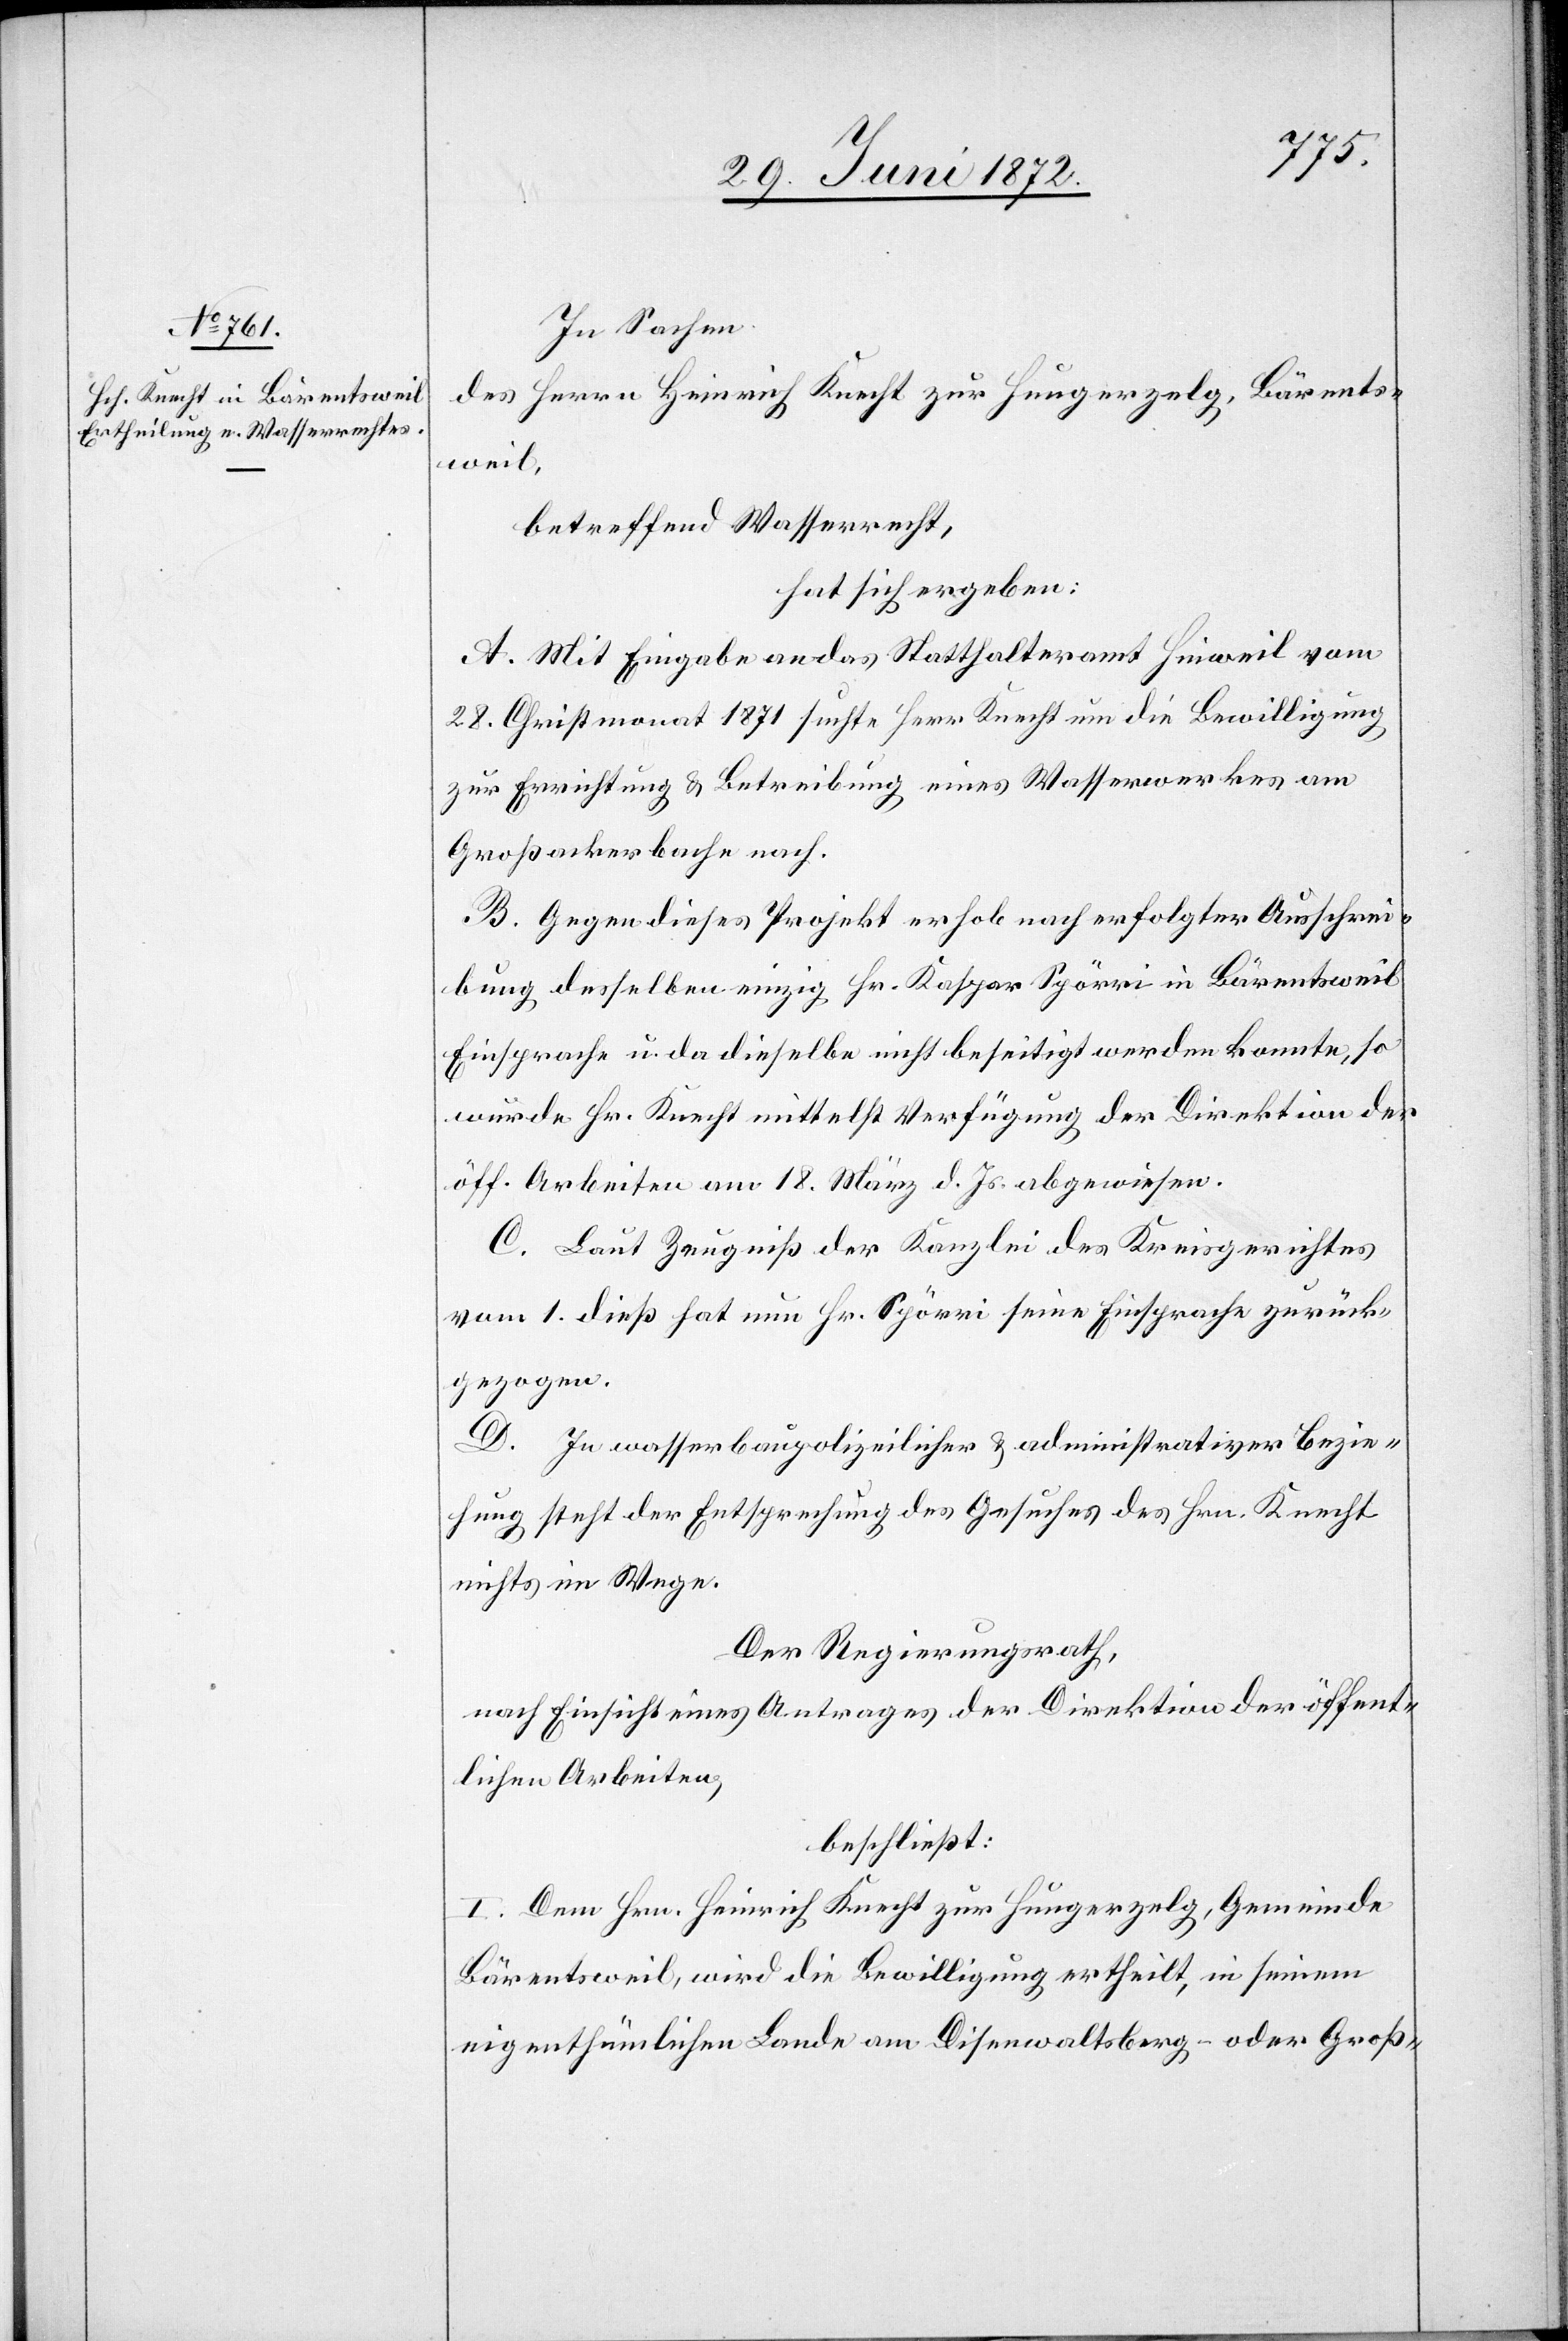
In Sachen
des Herrn Heinrich Knecht zur Hungerzelg, Bärents¬
weil,
betreffend Wasserrecht,
hat sich ergeben:
A. Mit Eingabe an das Statthalteramt Hinweil vom
28. Christmonat 1871 suchte Herr Knecht um die Bewilligung
zur Errichtung u. Betreibung eines Wasserwerkes am
Großackerbache nach.
B. Gegen dieses Projekt erhob nach erfolgter Ausschrei¬
bung desselben einzig Hr. Kaspar Spörri in Bärentsweil
Einsprache u. da dieselbe nicht beseitigt werden konnte, so
wurde Hr. Knecht mittelst Verfügung der Direktion der
öff. Arbeiten am 18. März d. Js. abgewiesen.
C. Laut Zeugniß der Kanzlei des Kreisgerichtes
vom 1. dieß hat nun Hr. Spörri seine Einsprache zurück¬
gezogen.
D. In wasserbaupolizeilicher u. administrativer Bezie¬
hung steht der Entsprechung des Gesuches des Hrn. Knecht
nichts im Wege.
Der Regierungsrath,
nach Einsicht eines Antrages der Direktion der öffent¬
lichen Arbeiten,
beschließt:
I. Dem Hrn. Heinrich Knecht zur Hungerzelg, Gemeinde
Bärentsweil, wird die Bewilligung ertheilt, in seinem
eigenthümlichen Lande am Disenwaltsberg oder Groß-